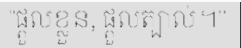
"ផ្តួលខ្លួន, ផ្តួលត្បាល់។"